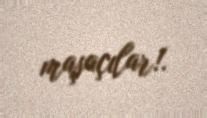
maşaçılar!.